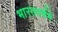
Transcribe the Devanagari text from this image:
भारतवर्षमें